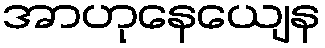
အာဟုနေယျေန